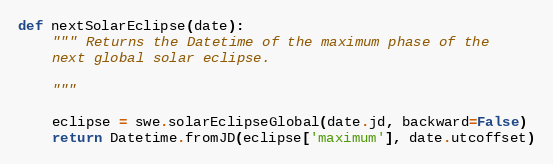
Language: Python
def nextSolarEclipse(date):
    """ Returns the Datetime of the maximum phase of the
    next global solar eclipse.

    """

    eclipse = swe.solarEclipseGlobal(date.jd, backward=False)
    return Datetime.fromJD(eclipse['maximum'], date.utcoffset)